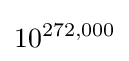
10^{272,000}